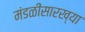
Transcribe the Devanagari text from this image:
मंडळींसारख्या